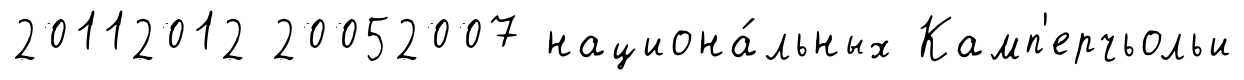
20112012 20052007 национа́льных Камп'ерчьольи